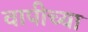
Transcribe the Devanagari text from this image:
वापीच्या